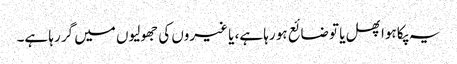
یہ پکا ہوا پھل یا تو ضائع ہو رہا ہے، یا غیروں کی جھولیوں میں گر رہا ہے۔